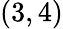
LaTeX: (3,4)